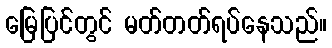
မြေပြင်တွင် မတ်တတ်ရပ်နေသည်။